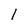
Character: 1